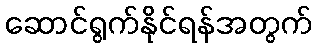
ဆောင်ရွက်နိုင်ရန်အတွက်